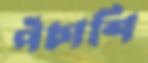
পঁচাশি